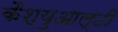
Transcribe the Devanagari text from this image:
कैश्युआल्टी